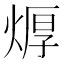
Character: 㷞